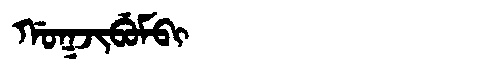
Manchu: ᡤᠣᡴᠵᡳᠪᡠᠮᠪᡳ
Romanization: GOKJIBUMBI